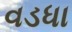
વડધા